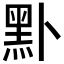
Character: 𪐙